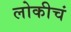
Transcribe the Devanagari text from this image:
लोकीचं